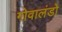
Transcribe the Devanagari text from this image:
गोवालंडो